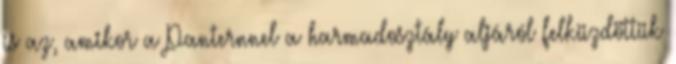
is az, amikor a Panternnel a harmadosztály aljáról felküzdöttük